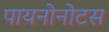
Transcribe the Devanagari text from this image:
पायनोनोटस